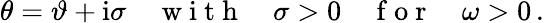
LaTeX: \theta=\vartheta+\mathrm{i}\sigma\quad\mathrm{~w~i~t~h~}\quad\sigma>0\quad\mathrm{~f~o~r~}\quad\omega>0\, .